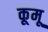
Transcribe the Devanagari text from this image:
कूमू